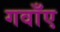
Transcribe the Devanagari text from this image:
गवाँए